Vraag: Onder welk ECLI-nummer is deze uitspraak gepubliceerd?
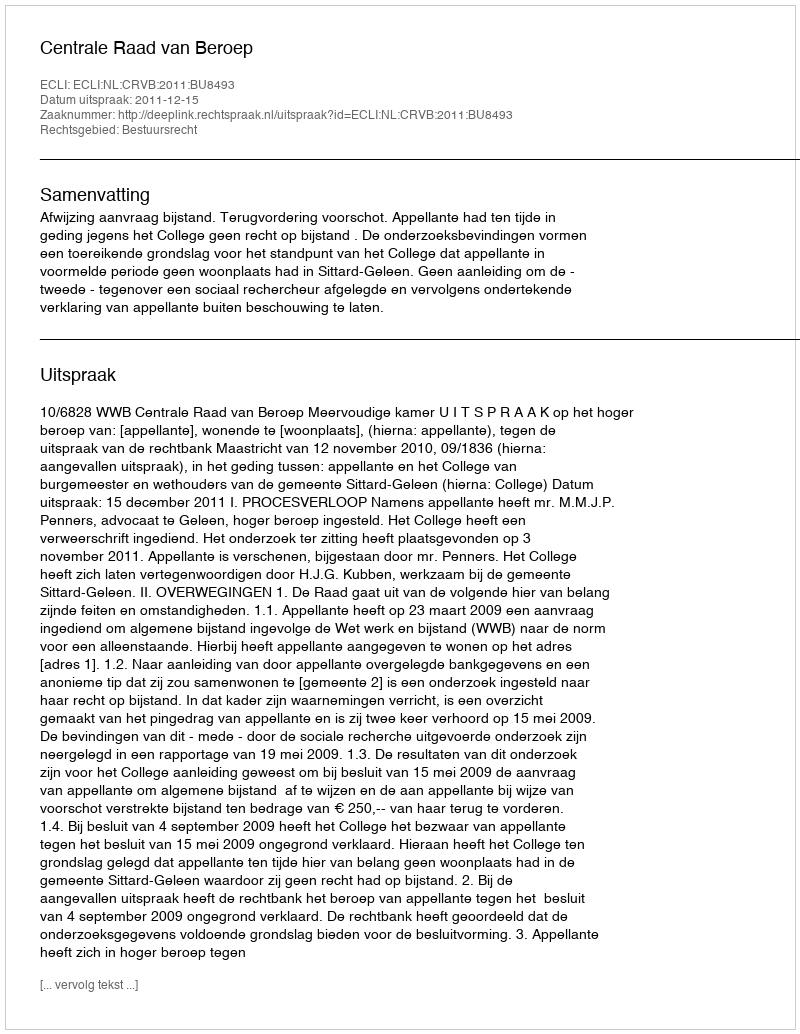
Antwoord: ECLI:NL:CRVB:2011:BU8493